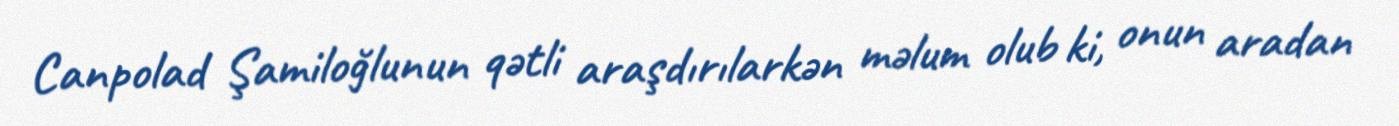
Canpolad Şamiloğlunun qətli araşdırılarkən məlum olub ki, onun aradan